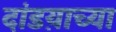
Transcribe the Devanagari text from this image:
दांडय़ाच्या